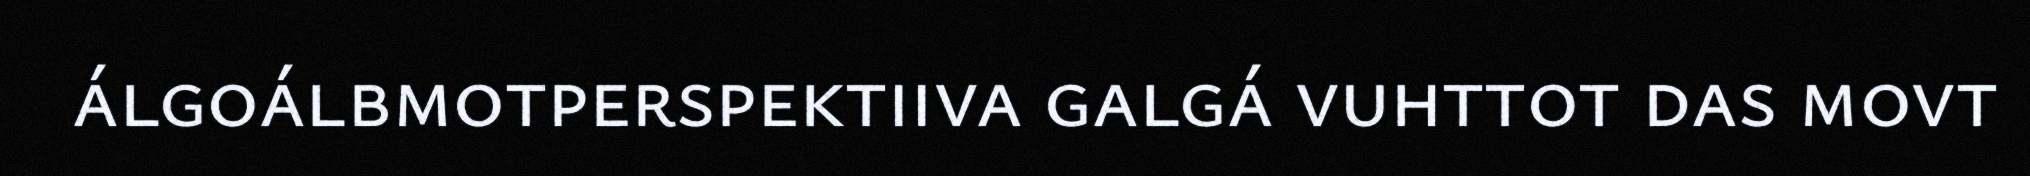
álgoálbmotperspektiiva galgá vuhttot das movt